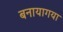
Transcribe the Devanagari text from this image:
बनायागया